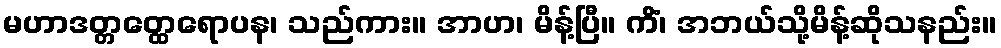
မဟာဒတ္တတ္ထေရောပန၊ သည်ကား။ အာဟ၊ မိန့်ပြီ။ ကိံ၊ အဘယ်သို့မိန့်ဆိုသနည်း။